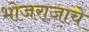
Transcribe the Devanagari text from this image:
भोजराजाचे